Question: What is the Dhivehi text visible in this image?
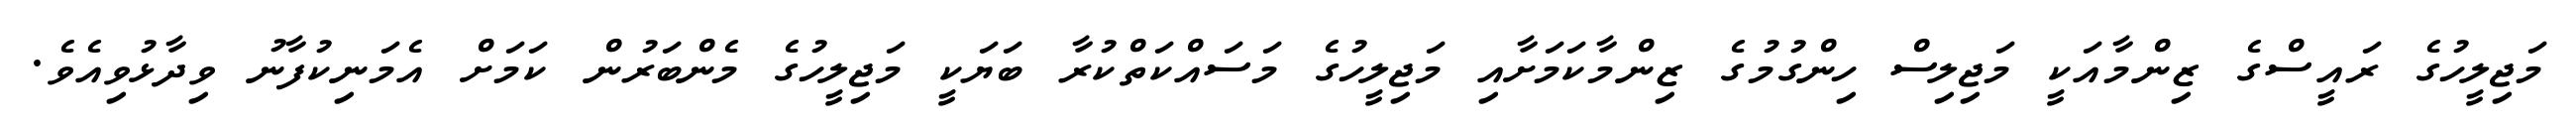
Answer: މަޖިލީހުގެ ރައީސްގެ ޒިންމާއަކީ މަޖިލިސް ހިންގުމުގެ ޒިންމާކަމަށާއި މަޖިލީހުގެ މަސައްކަތްކުރާ ބަޔަކީ މަޖިލީހުގެ މެންބަރުން ކަމަށް އެމަނިކުފާނު ވިދާޅުވިއެވެ.